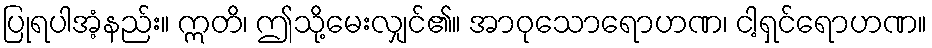
ပြုရပါအံ့နည်း။ ဣတိ၊ ဤသို့မေးလျှင်၏။ အာဝုသောရောဟဏ၊ ငါ့ရှင်ရောဟဏ။